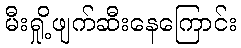
မီးရှို့ဖျက်ဆီးနေကြောင်း